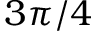
3 \pi / 4